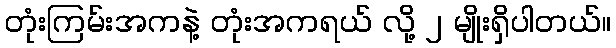
တုံးကြမ်းအကနဲ့ တုံးအကရယ် လို့ ၂ မျိုးရှိပါတယ်။